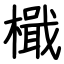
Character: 檝